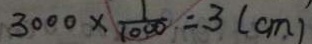
3 0 0 0 \times \frac { 1 } { 1 0 0 0 } = 3 ( c m )